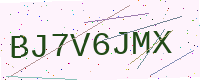
Text: BJ7V6JMX